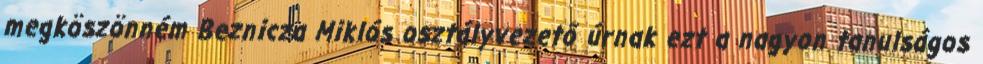
megköszönném Beznicza Miklós osztályvezető úrnak ezt a nagyon tanulságos